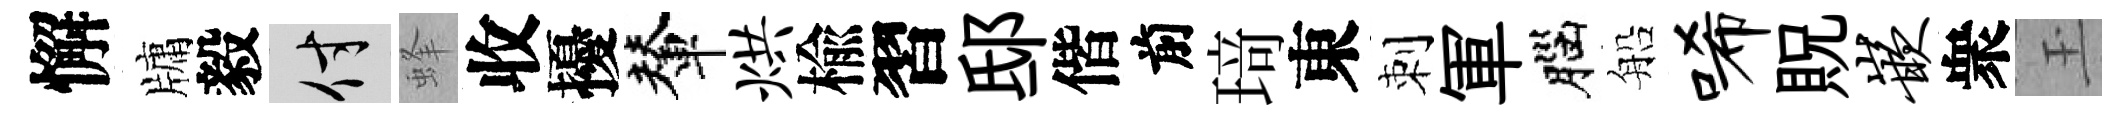
懈牗毅付蜂收擾輦烘楡習邸偕前𤦺東刺軍腦船唏貺嵌衆玉